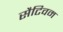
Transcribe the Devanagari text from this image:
सैटिवम